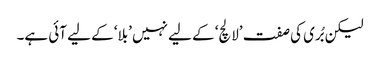
لیکن بُری کی صفت ’لالچ‘ کے لیے نہیں ’بلا‘ کے لیے آئی ہے۔